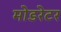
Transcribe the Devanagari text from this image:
मोडरेटर